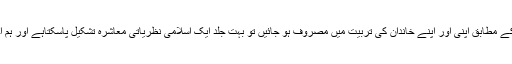
اگر ہم قرآن و حدیث کی روشنی میں اور اسلامی ماہرینِ تعلیم و تربیّت کے رہنما اصولوں کے مطابق اپنی اور اپنے خاندان کی تربیّت میں مصروف ہو جائیں تو بہت جلد ایک اسلامی نظریاتی معاشرہ تشکیل پاسکتاہے اور ہم اجتماعی طور پر اپنی آئندہ نسلوں کوایک دیندار ماحول اور الٰہی معاشرہ فراہم کرسکتے ہیں۔